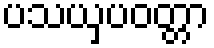
ပသယှပဝတ္တာ